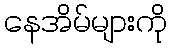
နေအိမ်များကို